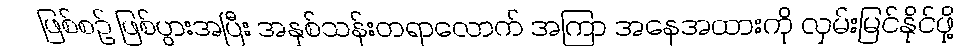
ဖြစ်စဉ် ဖြစ်ပွားအပြီး အနှစ်သန်းတရာလောက် အကြာ အနေအထားကို လှမ်းမြင်နိုင်ဖို့